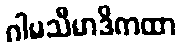
ဂါမသီမာဒိကထာ